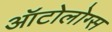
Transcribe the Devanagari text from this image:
ऑटोलोग्स